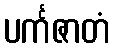
ပင်္ကဇာတံ